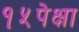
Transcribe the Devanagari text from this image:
१५पेक्षा